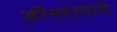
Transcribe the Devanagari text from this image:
डोंगरामागे